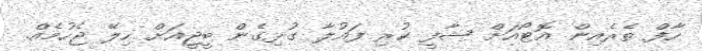
ހާފް ތެރެއިން އޮޓޯއަށް ޝާފީ ކުރި ފައުލާ ގުޅިގެން ބީޖީއަށް ހިލޭ ޖެހުމެއް.